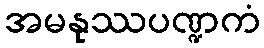
အမနုဿပဏ္ဍကံ